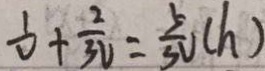
\frac { 1 } { V } + \frac { 2 } { 3 V } = \frac { 5 } { 3 V } ( h )